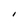
Character: I